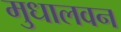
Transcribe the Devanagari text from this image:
मुधालवन